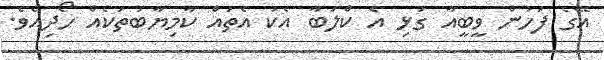
އޭގެ ފަހުން ވީބީއާ ގުޅި އެ ކްލަބާ އެކު އެތައް ކާމިޔާބުތަކެއް ހޯދިއެވެ.